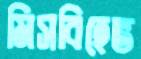
মিসবিহেভ